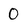
Character: 0